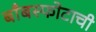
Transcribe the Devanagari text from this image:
बाँबस्फोटाची